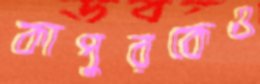
কাপুরকেও